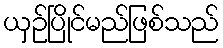
ယှဉ်ပြိုင်မည်ဖြစ်သည်